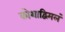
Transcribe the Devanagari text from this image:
कोशाद्विमलं